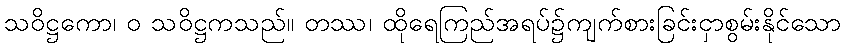
သဝိဋ္ဌကော၊ ဝ သဝိဋ္ဌကသည်။ တဿ၊ ထိုရေကြည်အရပ်၌ကျက်စားခြင်းငှာစွမ်းနိုင်သော